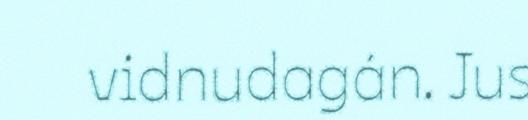
vidnudagán. Jus